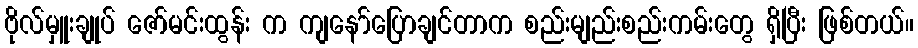
ဗိုလ်မှူးချုပ် ဇော်မင်းထွန်း က ကျနော်ပြောချင်တာက စည်းမျည်းစည်းကမ်းတွေ ရှိပြီး ဖြစ်တယ်။